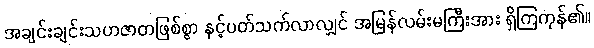
အချင်းချင်းသဟဇာတဖြစ်စွာ နှင့်ပတ်သက်လာလျှင် အမြန်လမ်းမကြီးအား ရှိကြကုန်၏။